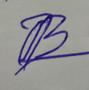
Signature authenticity: forged